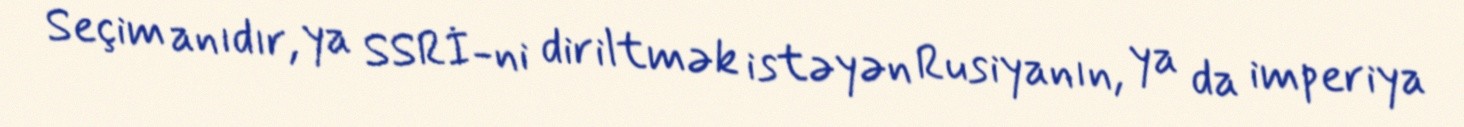
Seçim anıdır, ya SSRİ-ni diriltmək istəyən Rusiyanın, ya da imperiya